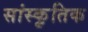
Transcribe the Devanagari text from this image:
सांस्कृ़तिक